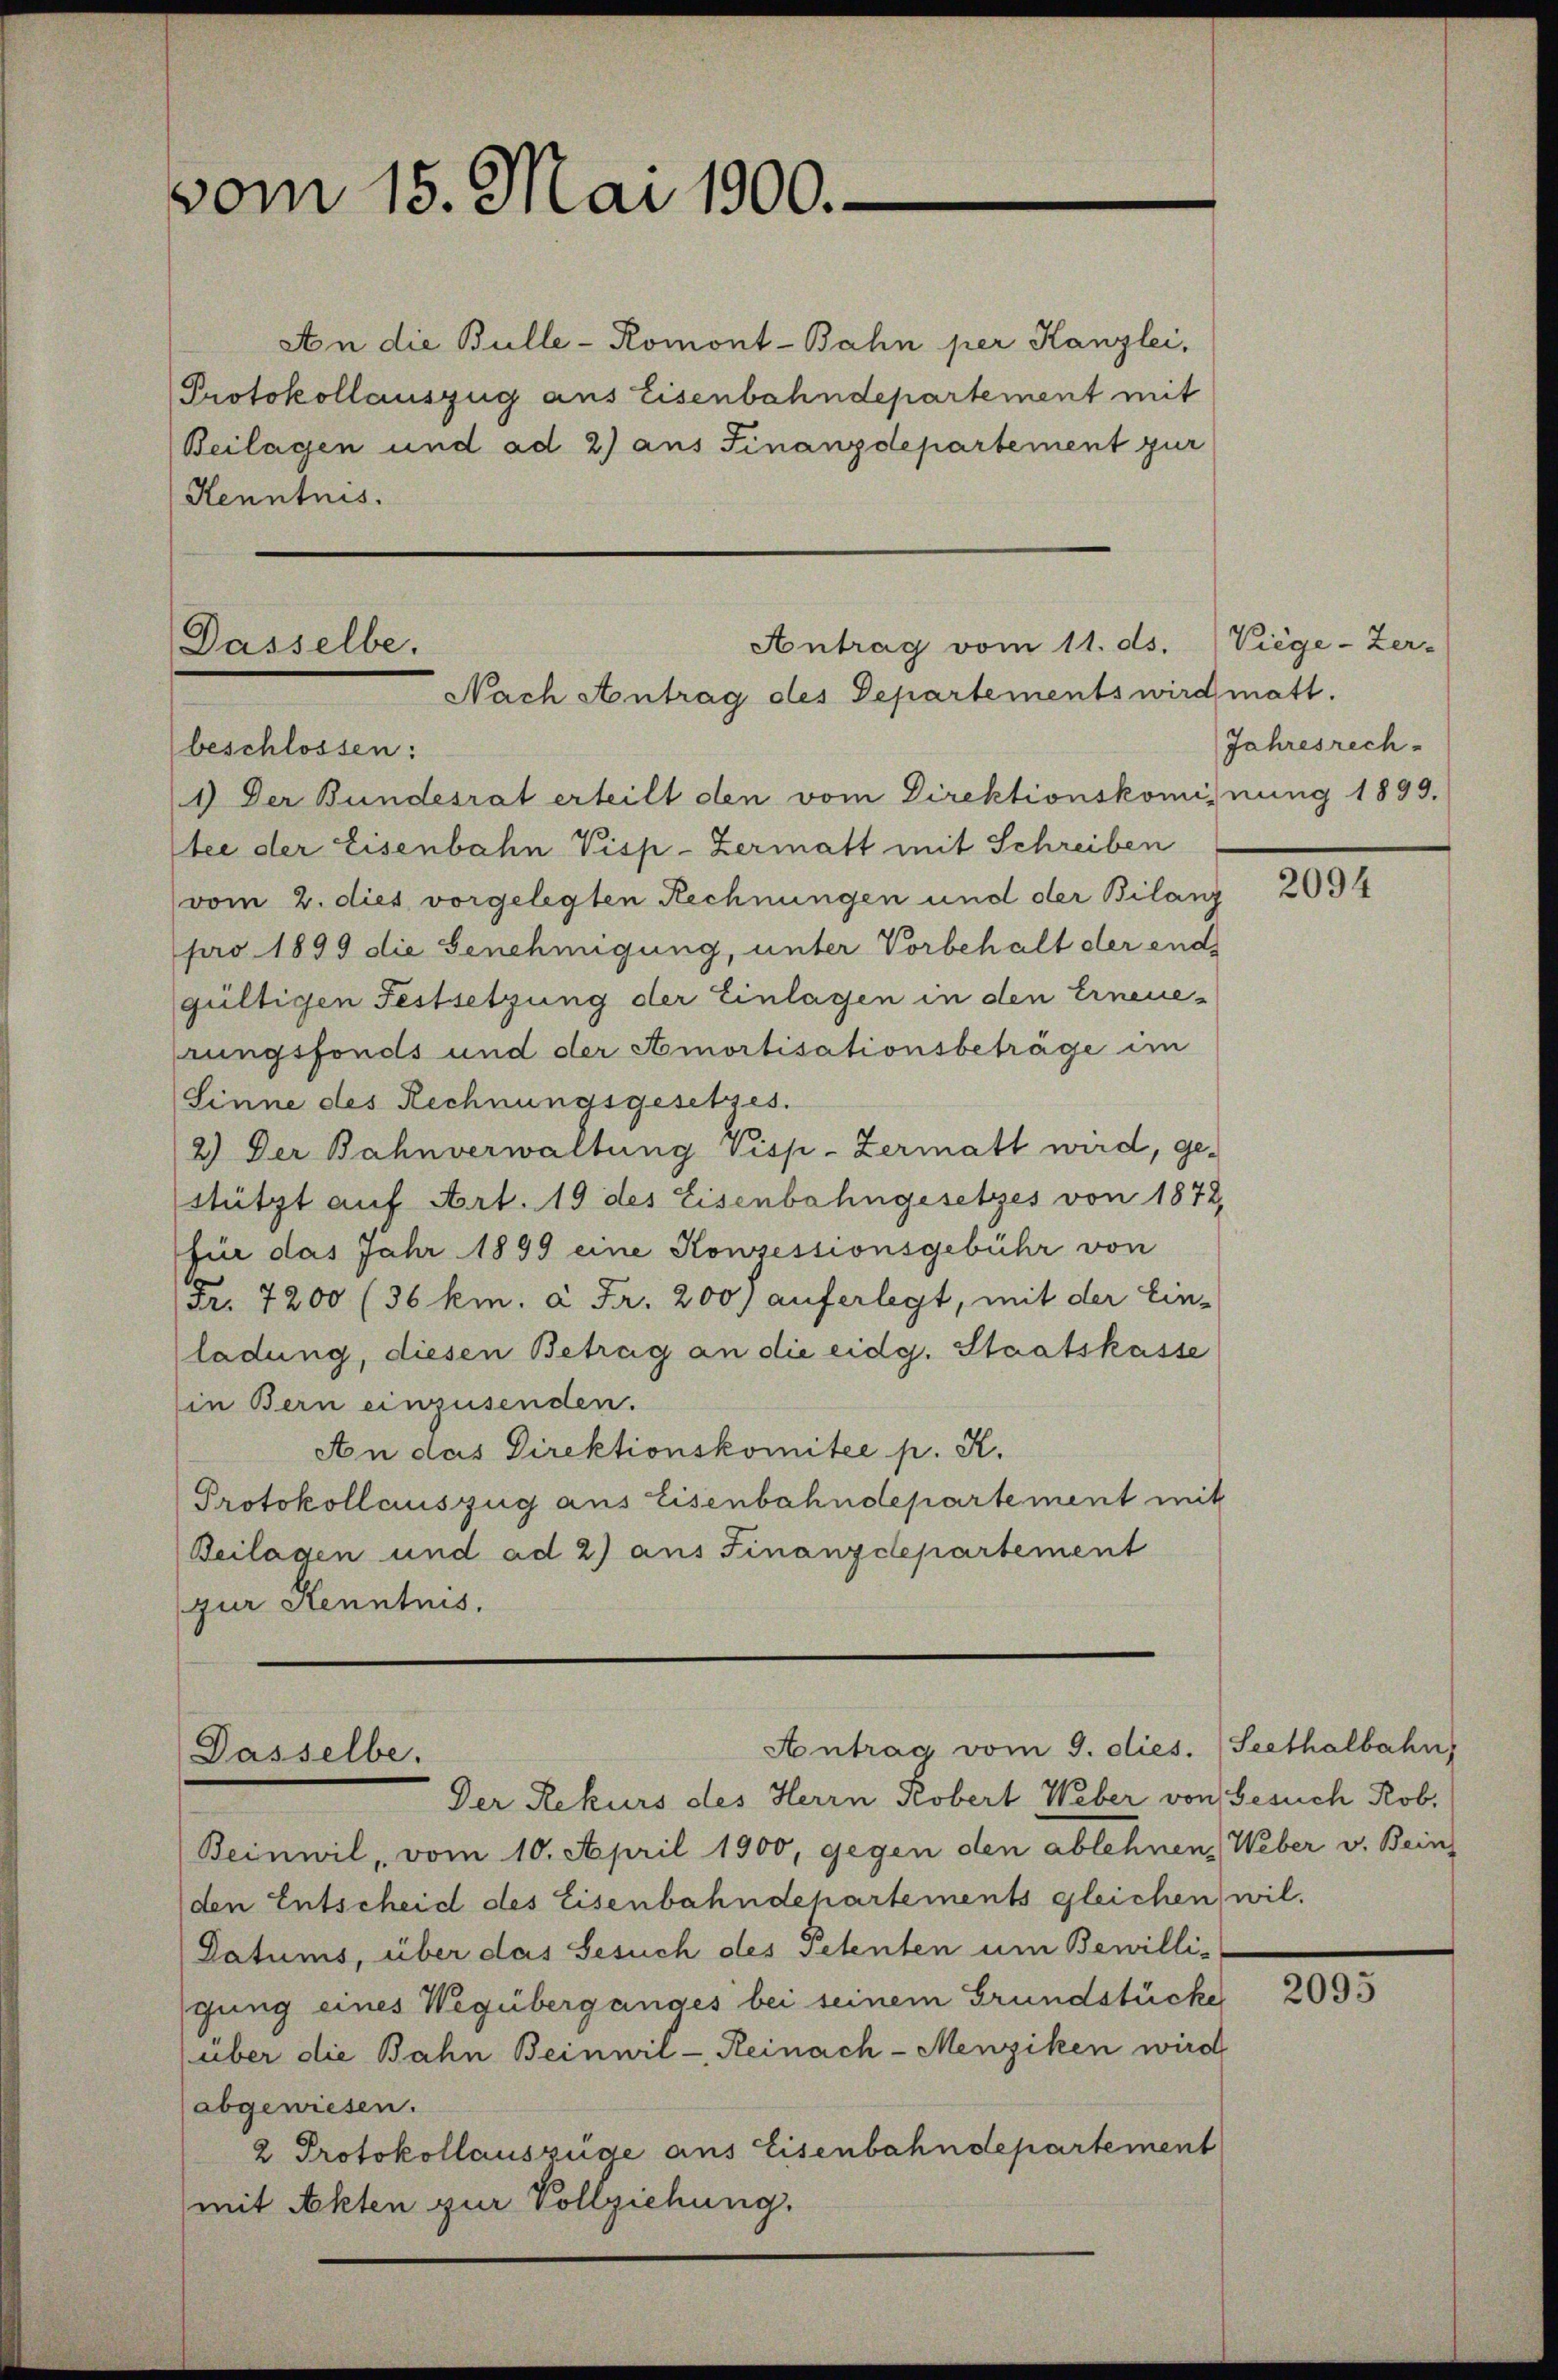
vom 15. Mai 1900.

Antrag vom 11. ds.
Dasselbe.
Nach Antrag des Departements wird matt.
beschlossen:

An die Bulle-Romont-Bahn per Kanzlei,
Protokollauszug aus Eisenbahndepartement mit
Beilagen und ad 2) aus Finanzdepartement zur
Kenntnis.

Antrag vom 9. dies. Seethalbahn
Dasselbe.
Der Rekurs des Herrn Kobert Weber von Besuch Rob.

1.) Der Bundesrat erteilt den vom Direktionskominung 1899.
tee der Eisenbahn Visp-Zermatt mit Schreiben
(vom 2. dies vorgelegten Rechnungen und der Bilanz
pro 1899 die Genehmigung, unter Vorbehalt der end
gültigen Festsetzung der Einlagen in den Erneuerungsfonds und der Amortisationsbeträge im
Sinne des Rechnungsgesetzes.
2.) Der Bahnverwaltung Visp-Zermatt wird, ge-
Nützt auf Art. 19 des Eisenbahngesetzes von 1872,
für das Jahr 1899 eine Konzessionsgebühr von
Fr. 7200 (36 km. à Fr. 200, auferlegt, mit der Ein-
ladung, diesen Betrag an die eidg. Staatskasse
in Bern einzusenden.
An das Direktionskomitee p. K.
Protokollauszug aus Eisenbahndepartement mit
Beilagen und ad 2) aus Finanzdepartement
zur Kenntnis.

Viege - Zer-
Jahresrech

Beinwil, vom 10. April 1900, gegen den ablehnen, Weber v. Bein
den Entscheid des Eisenbahndepartements gleichen, wil
Datums, über das Gesuch des Petenten um Bewilligung eines Wegüberganges bei seinem Grundstücke
über die Bahn Beinwil - Reinach-Menziken wird
abgewiesen.
2 Protokollauszüge aus Eisenbahndepartement
mit Akten zur Vollziehung.

2094

2095